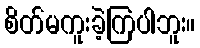
စိတ်မကူးခဲ့ကြပါဘူး။